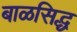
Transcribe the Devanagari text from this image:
बाळसिद्ध